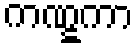
ကဏ္ဋကာ